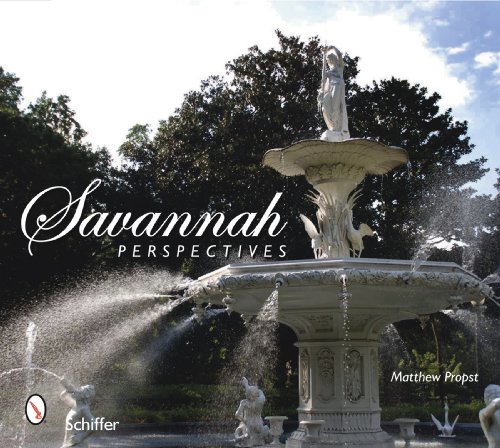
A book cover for Savannah Perspectives; Matthew Propst; Travel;